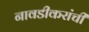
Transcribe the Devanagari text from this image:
नावडीकरांची